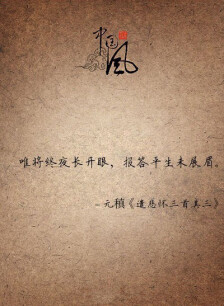
惟将终夜常开眼，报答平生未展眉。